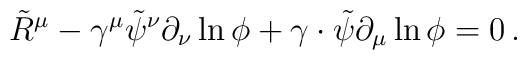
\tilde R^\mu -  \gamma^\mu \tilde \psi ^\nu \partial _\nu \ln \phi+\gamma  \cdot \tilde  \psi \partial _\mu \ln \phi=0\,.